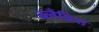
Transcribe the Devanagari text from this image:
ब्लँडिश